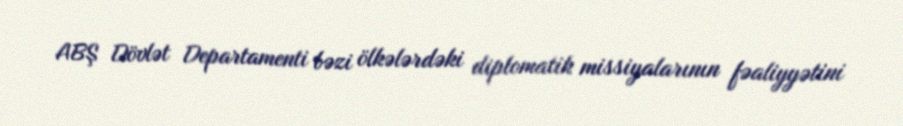
ABŞ Dövlət Departamenti bəzi ölkələrdəki diplomatik missiyalarının fəaliyyətini